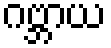
ဂဗ္ဘာယ